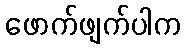
ဖောက်ဖျက်ပါက